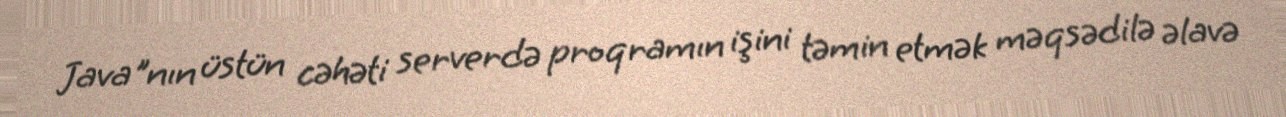
Java"nın üstün cəhəti serverdə proqramın işini təmin etmək məqsədilə əlavə